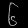
Digit: ၆